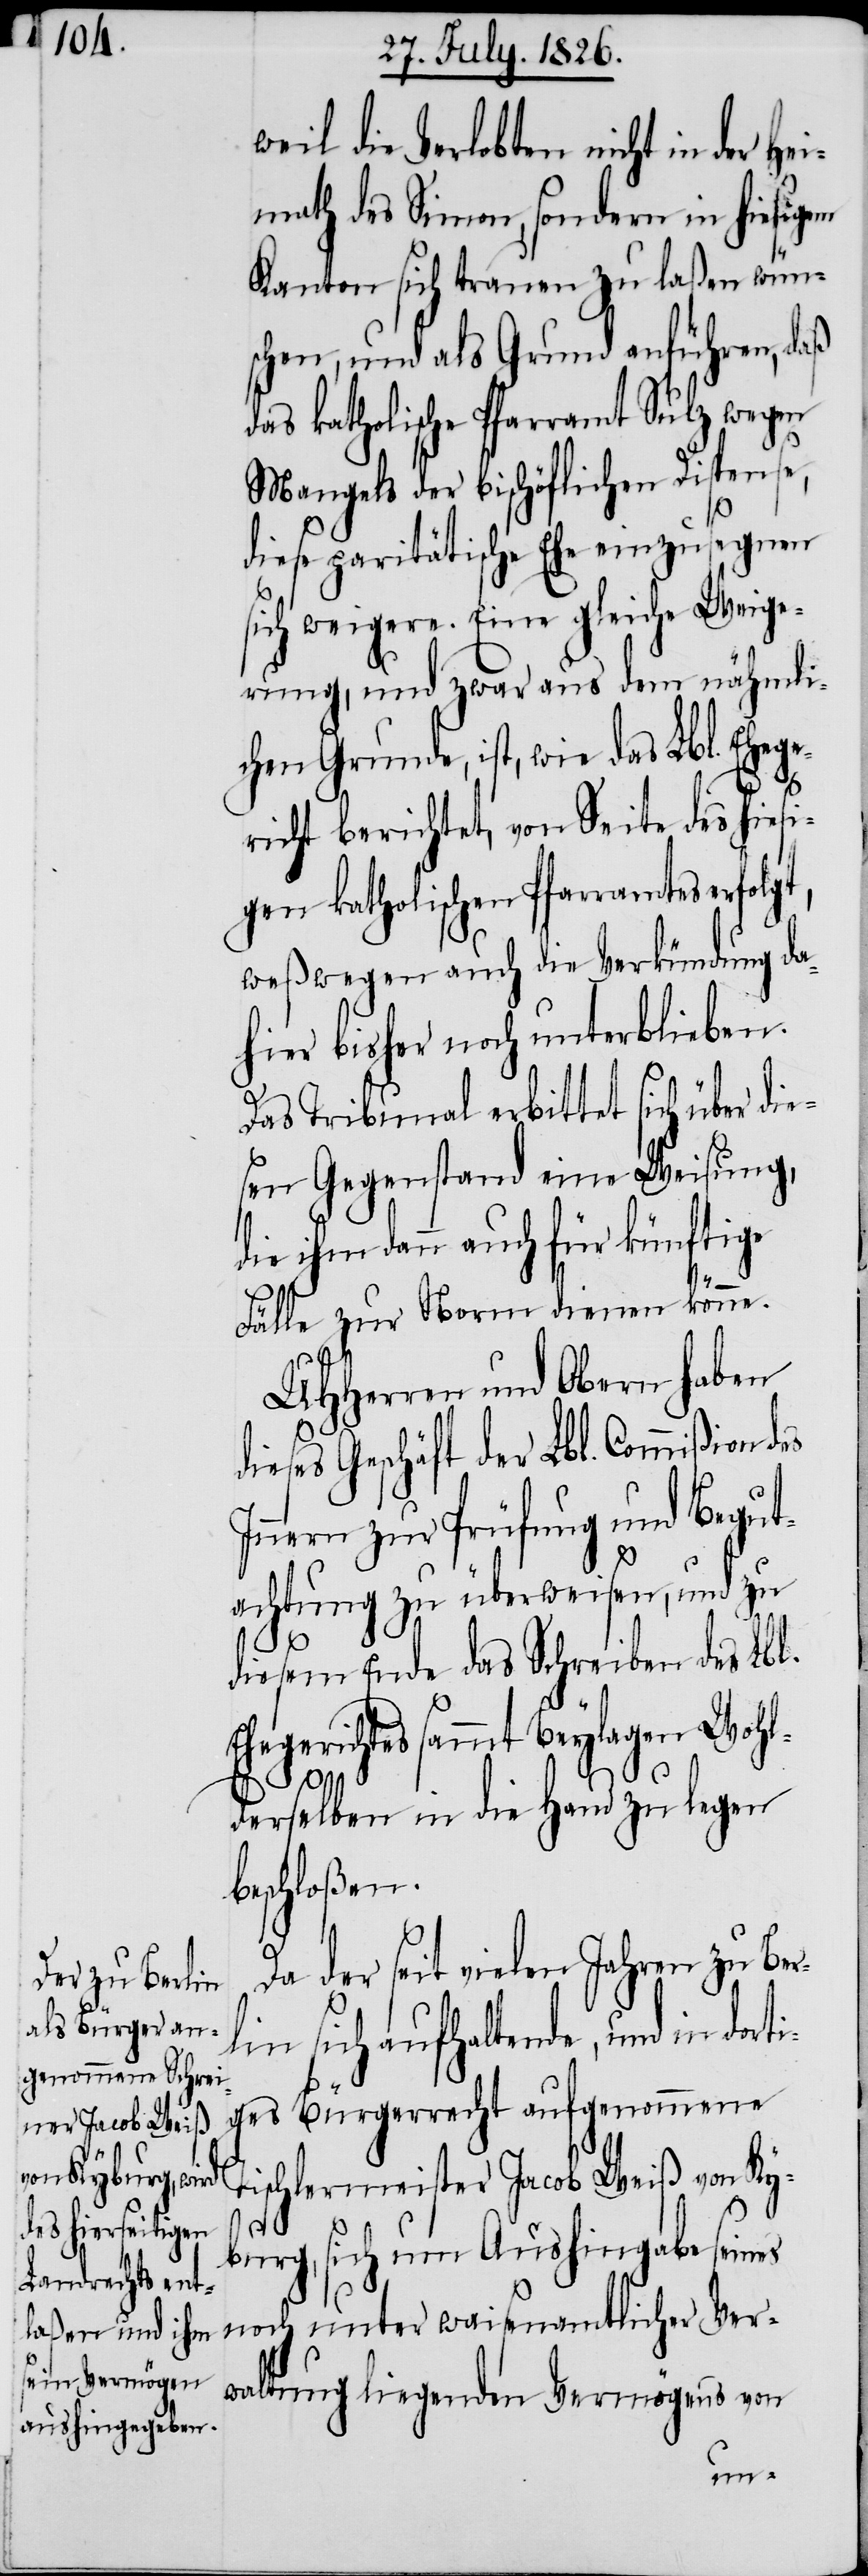
weil die Verlobten nicht in der He¬
imath des Simon, sondern in hiesigem
Kanton sich trauen zu laßen wün¬
schen, und als Grund anführen, daß
das katholische Pfarramt Sulz wegen
Mangels der bischöflichen Dispense,
diese paritätische Ehe einzusegnen
ich weigere. Eine gleiche Weige¬
rung, und zwar aus dem nähmli¬
chen Grunde, ist, wie das Lbl. Ehege¬
richt berichtet, von Seite des hiesi¬
gen katholischen Pfarramtes erfolg¬
weßwegen auch die Verkündung da¬
hier bisher noch unterblieben.
Das Tribunal erbittet sich über die¬
sen Gegenstand eine Weisung,
die ihm dann auch für künftige
Fälle zur Norm dienen könne.
MHHerren und Obern haben
dieses Geschäft der Lbl. Commißion
Innern zur Prüfung und Begut¬
achtung zu überweisen, und zu
diesem Ende das Schreiben des Lbl.
Ehegerichtes sammt Beylagen Wohl¬
derselben in die Hand zu legen
beschloßen.
Da der seit vielen Jahren zu Ber¬
lin sich aufhaltende, und in dort¬
ges Bürgerrecht aufgenommene
amtlicher Ver¬
Tischlermeister Jacob Weiß von Ky¬
t,
burg, sich um Aushingabe seines
waltung liegenden Vermögens von
en¬